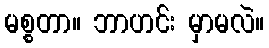
မစ္စတာ။ ဘာဟင်း မှာမလဲ။